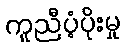
ကူညီပံ့ပိုးမှု